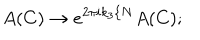
A ( C ) \rightarrow e ^ { 2 \pi i k _ { 3 } / N } A ( C ) ;